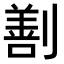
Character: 𠟤